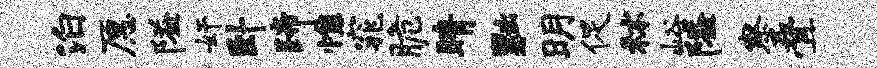
泊愿隘奸卧蹄憔窕脆睛黜明促秫峪隘察叠